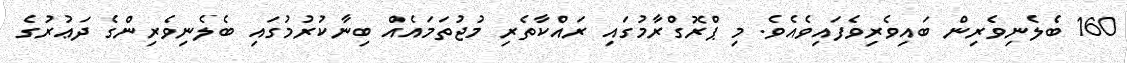
160 ބެލެނިވެރިން ބައިވެރިވެފައިވެއެވެ. މި ޕްރޮގްރާމުގައި ރައްކާތެރި މުޖުތަމައެއް ބިނާކުރުމުގައި ބެލެނިވެރިންގެ ދަޢުރުގެ